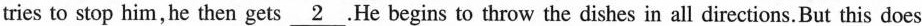
tries to stop him,he then gets \underline{2} .He begins to throw the dishes in all directions.But this does